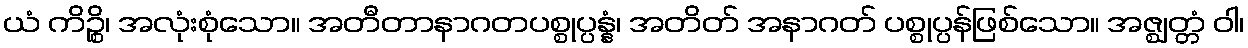
ယံ ကိဉ္စိ၊ အလုံးစုံသော။ အတီတာနာဂတပစ္စုပ္ပန္နံ၊ အတိတ် အနာဂတ် ပစ္စုပ္ပန်ဖြစ်သော။ အဇ္ဈတ္တံ ဝါ၊